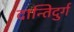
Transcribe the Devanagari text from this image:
दान्तिदुर्ग